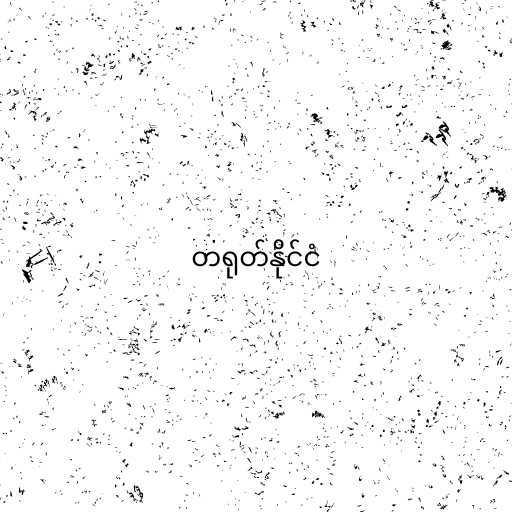
တရုတ်နိုင်ငံ